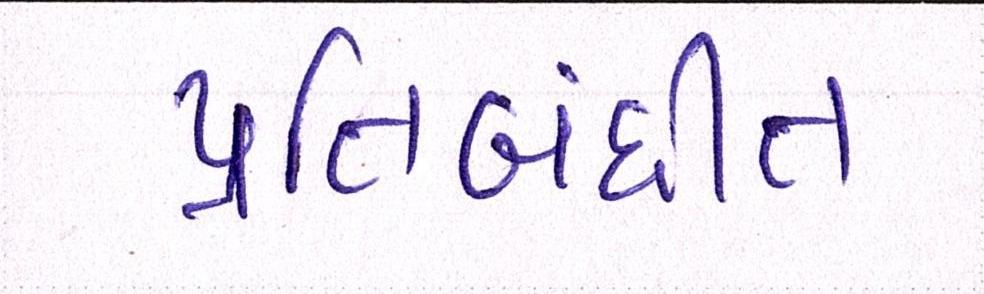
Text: પ્રતિબંધીત